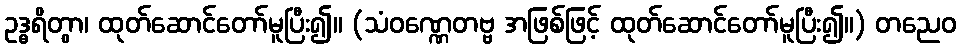
ဥဒ္ဓရိတွာ၊ ထုတ်ဆောင်တော်မူပြီး၍။ (သံဝဏ္ဏေတဗ္ဗ အဖြစ်ဖြင့် ထုတ်ဆောင်တော်မူပြီး၍။) တညေဝ